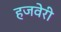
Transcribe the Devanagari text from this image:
हजवेरी